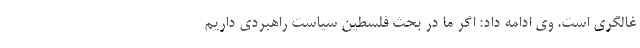
غالگری است. وی ادامه داد: اگر ما در بحث فلسطین سیاست راهبردی داریم